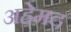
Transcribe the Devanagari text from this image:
अहेमद